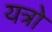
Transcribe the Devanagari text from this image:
यत्रो